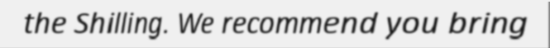
the Shilling. We recommend you bring